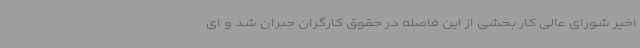
اخیر شورای عالی کار بخشی از این فاصله در حقوق کارگران جبران شد و ای